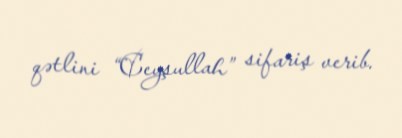
qətlini “Ceyşullah” sifariş verib.